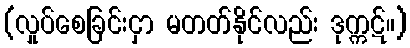
(လှုပ်စေခြင်းငှာ မတတ်နိုင်လည်း ဒုက္ကဋ်။)